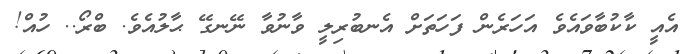
އެއީ ކާކުބާވައެވެ އަހަރެން ފަހަތަށް އެނބުރިލީ ވާނުވާ ނޭނގޭ ޙާލުއެވެ. ބްރޯ.. ހުއް!